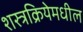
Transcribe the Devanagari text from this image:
शस्त्रक्रियेमधील